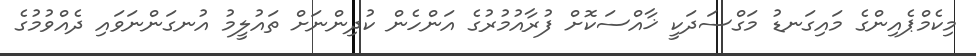
މިކެމްޕެއިންގެ މައިގަނޑު މަގްސަދަކީ ޚާއްސަކޮށް ފުރާއުމުރުގެ އަންހެން ކުދިންނަށް ތައުލީމު އުނގަންނަވައި ދެއްވުމުގެ